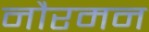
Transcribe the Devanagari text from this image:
नौरमन